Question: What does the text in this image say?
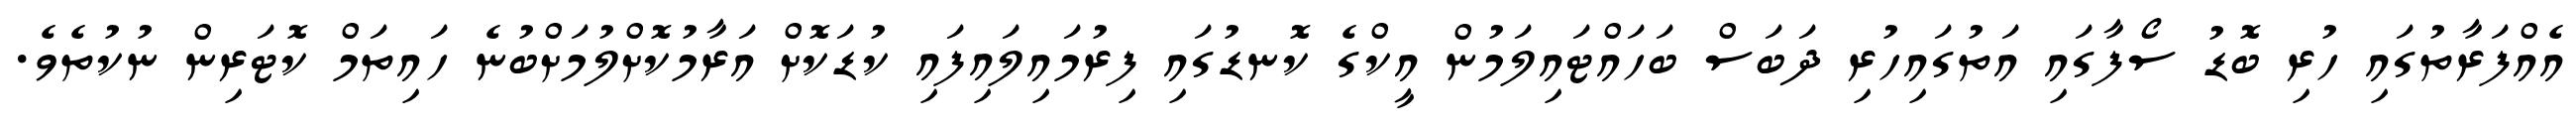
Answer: އެއްފަރާތުގައި ހުރި ބޮޑު ސޯފާގައި އަތުގައިހުރި ދަބަސް ބަހައްޓައިލަމުން އީކްގެ ކޮނޑުގައި ފިރުމައިލައިފައި ކުޑަކޮށް އަރާމުކޮށްލުމަށްބުނެ ހައިތަމް ކޮޓަރިން ނުކުތެވެ.